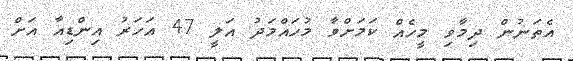
އެތަނުން ދިމާވި މީހެއް ކަމަށްވާ މުހައްމަދު އަލީ 47 އަހަރު އިންޑިއާ އަށް